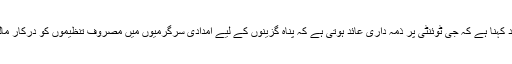
ان يورپی عہديداران کا مزيد کہنا ہے کہ جی ٹوئنٹی پر ذمہ داری عائد ہوتی ہے کہ پناہ گزينوں کے ليے امدادی سرگرميوں ميں مصروف تنظيموں کو درکار مالی امداد دستياب ہوتی رہے۔